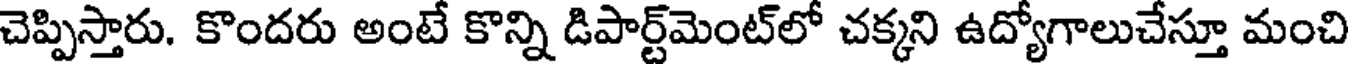
చెప్పిస్తారు. కొందరు అంటే కొన్ని డిపార్ట్మెంట్లో చక్కని ఉద్యోగాలుచేస్తూ మంచి